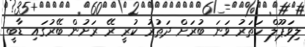
ލިވަޕޫލް ހަތަރު ވަނަ ބުރަށް ދަތުރު ކުރީ ރޭ ރަށުން ބޭރުގައި ޑާބީ